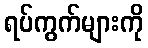
ရပ်ကွက်များကို